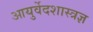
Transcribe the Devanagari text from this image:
आयुर्वेदशास्त्रज्ञ